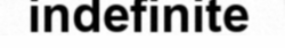
indefinite